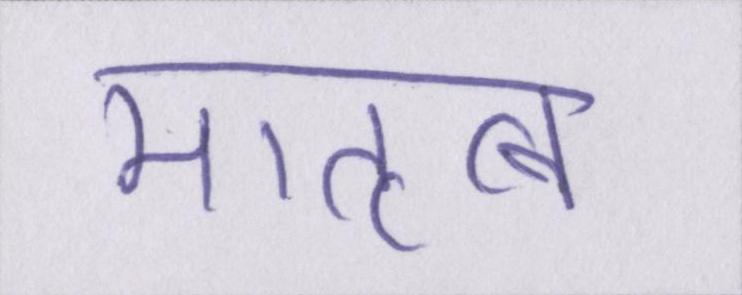
मातृत्व